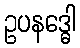
ဥပနဒ္ဓေါ